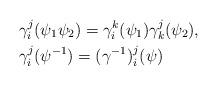
LaTeX: \begin{align*}\begin{aligned}&\gamma_i^j(\psi_1 \psi_2)= \gamma_i^k(\psi_1) \gamma_k^j(\psi_2) , \\&\gamma_i^j (\psi^{-1}) =(\gamma^{-1} )_{i}^{j} (\psi)\end{aligned}\end{align*}